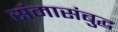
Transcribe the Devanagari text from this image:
संमासंबुद्ध